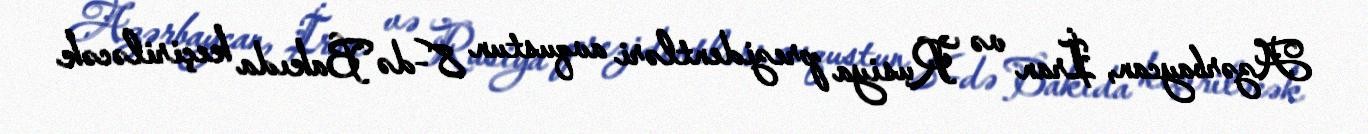
Azərbaycan, İran və Rusiya prezidentləri avqustun 8-də Bakıda keçiriləcək